画像に写った文字を読んでください
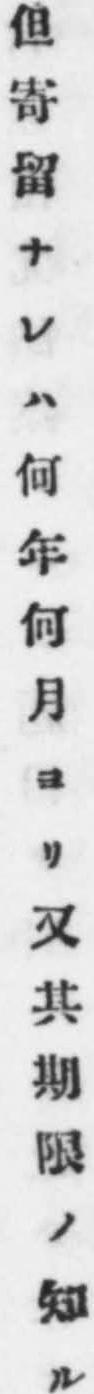
「但寄留ナレハ何年何月ヨリ又其期限ノ知ル」と書いてあります